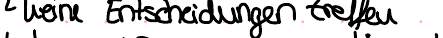
keine Entscheidungen treffen